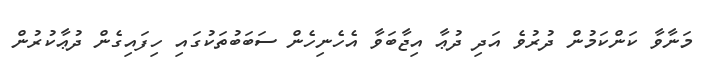
މަނާވާ ކަންކަމުން ދުރުވެ އަދި ދުޢާ އިޖާބަވާ އެހެނިހެން ސަބަބުތަކުގައި ހިފައިގެން ދުޢާކުރުން